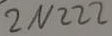
Text: 2N222